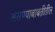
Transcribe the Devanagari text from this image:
असण्याबाबतीतील